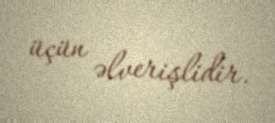
üçün əlverişlidir.